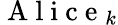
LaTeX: \mathrm{~A~l~i~c~e~}_{k}